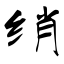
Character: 绡